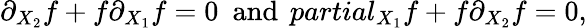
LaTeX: \partial_{X_{2}}f+f\partial_{X_{1}}f=0\ \ \mathrm{and}\ \, partial_{X_{1}}f+f\partial_{X_{2}}f=0,